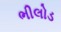
ભીલોડ